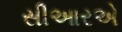
સીઆરએ